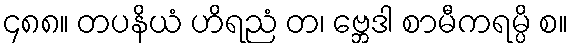
၄၈၈။ တပနိယံ ဟိရညံ တ၊ ဗ္ဘေဒါ စာမီကရမ္ပိ စ။